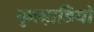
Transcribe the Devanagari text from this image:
कुल्हाडियों